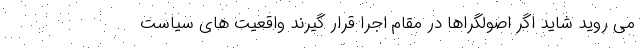
می روید شاید اگر اصولگراها در مقام اجرا قرار گیرند واقعیت های سیاست